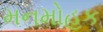
મનમોહક